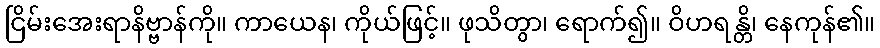
ငြိမ်းအေးရာနိဗ္ဗာန်ကို။ ကာယေန၊ ကိုယ်ဖြင့်။ ဖုသိတွာ၊ ရောက်၍။ ဝိဟရန္တိ၊ နေကုန်၏။